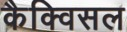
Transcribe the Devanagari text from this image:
कैक्विसल